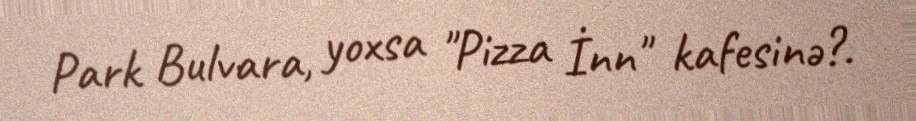
Park Bulvara, yoxsa "Pizza İnn" kafesinə?.